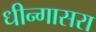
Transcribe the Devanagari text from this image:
धीन्गासरा